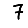
Digit: 7